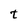
Character: t